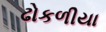
ઢોકળીયા